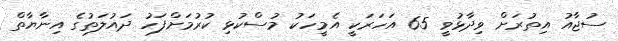
ސުޖާއު އިތުރަށް ވިދާޅުވީ 65 އަހަރަކީ އެމީހަކު މުސްކުޅި ކުރުމަށްފަހު ދައުލަތުގެ އިނާޔާތް